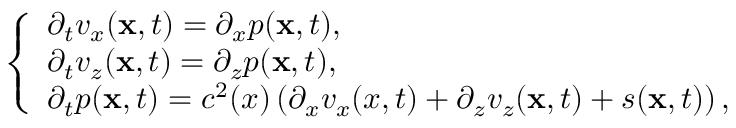
\left\{ \begin{array} { l l } { \partial _ { t } v _ { x } ( \mathbf { x } , t ) = \partial _ { x } p ( \mathbf { x } , t ) , } \\ { \partial _ { t } v _ { z } ( \mathbf { x } , t ) = \partial _ { z } p ( \mathbf { x } , t ) , } \\ { \partial _ { t } p ( \mathbf { x } , t ) = c ^ { 2 } ( x ) \left( \partial _ { x } v _ { x } ( x , t ) + \partial _ { z } v _ { z } ( \mathbf { x } , t ) + s ( \mathbf { x } , t ) \right) , } \end{array} \right.